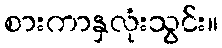
စားကာနှလုံးသွင်း။